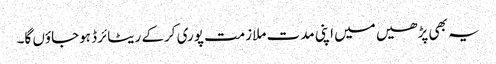
یہ بھی پڑھیں میں اپنی مدت ملازمت پوری کرکے ریٹائرڈ ہوجاؤں گا۔